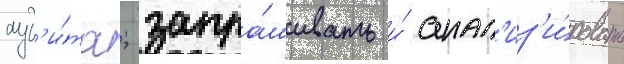
ауд'и́та; запра́шивать и́ анал'из'и́ровать